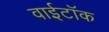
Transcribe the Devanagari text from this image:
वाईटॉक